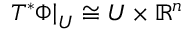
\left. T ^ { * } \Phi \right| _ { U } \cong U \times \mathbb { R } ^ { n }